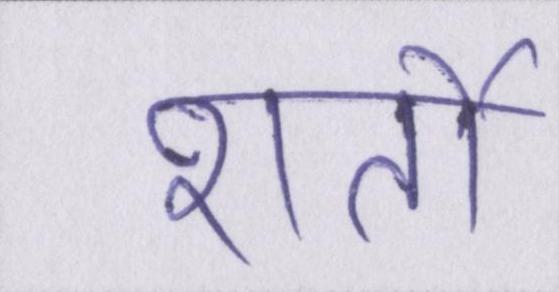
शर्तो